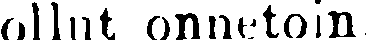
ollut onnetoin